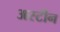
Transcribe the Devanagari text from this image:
अस्टीन